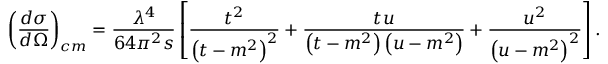
\left( \frac { d \sigma } { d \Omega } \right) _ { c m } = \frac { \lambda ^ { 4 } } { 6 4 \pi ^ { 2 } s } \left[ \frac { t ^ { 2 } } { \left( t - m ^ { 2 } \right) ^ { 2 } } + \frac { t u } { \left( t - m ^ { 2 } \right) \left( u - m ^ { 2 } \right) } + \frac { u ^ { 2 } } { \left( u - m ^ { 2 } \right) ^ { 2 } } \right] .